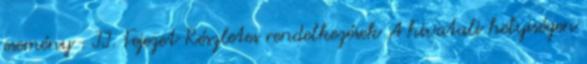
esemény . II. Fejezet Részletes rendelkezések A hivatali helyiségen